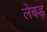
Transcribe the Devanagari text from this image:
लेबड़